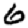
Digit: 6